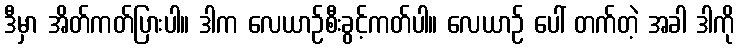
ဒီမှာ အိတ်ကတ်ပြားပါ။ ဒါက လေယာဉ်စီးခွင့်ကတ်ပါ။ လေယာဉ် ပေါ် တက်တဲ့ အခါ ဒါကို